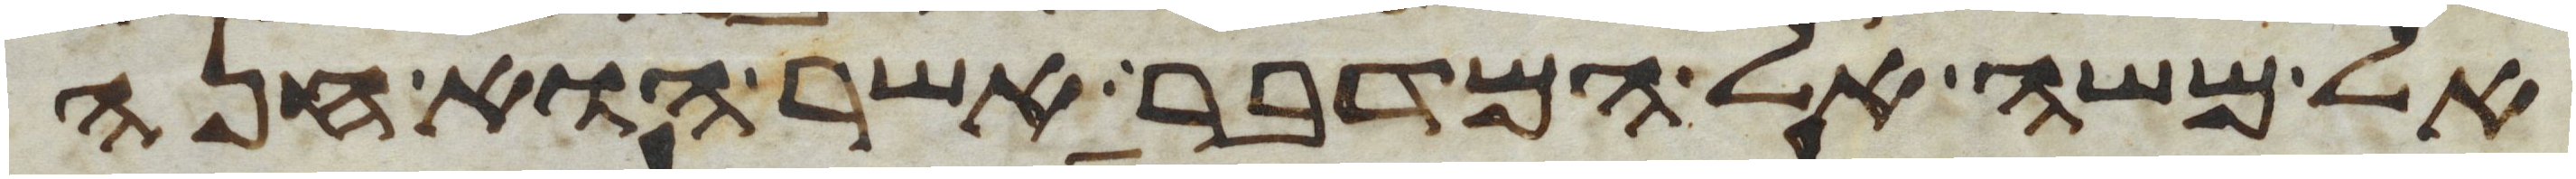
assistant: אל משה אל המדבר אשר הוא חנה